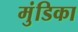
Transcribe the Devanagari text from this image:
मुंडिका